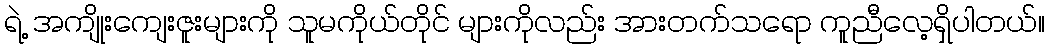
ရဲ့ အကျိုးကျေးဇူးများကို သူမကိုယ်တိုင် များကိုလည်း အားတက်သရော ကူညီလေ့ရှိပါတယ်။